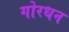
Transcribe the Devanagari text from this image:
गोरधन